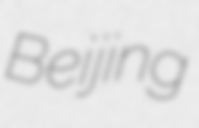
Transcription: Beijing